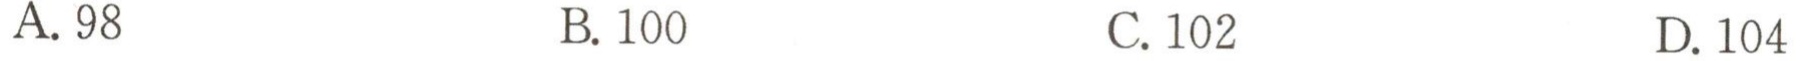
A. 98
B. 100
C. 102
D. 104